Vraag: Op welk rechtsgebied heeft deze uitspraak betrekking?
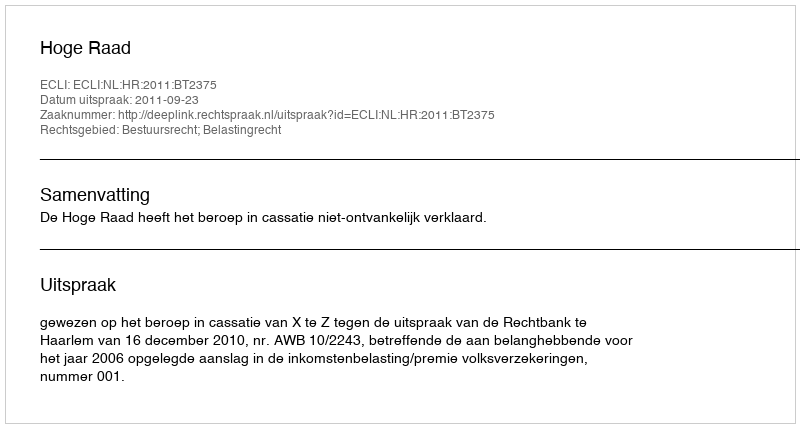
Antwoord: Bestuursrecht; Belastingrecht